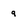
Character: 9